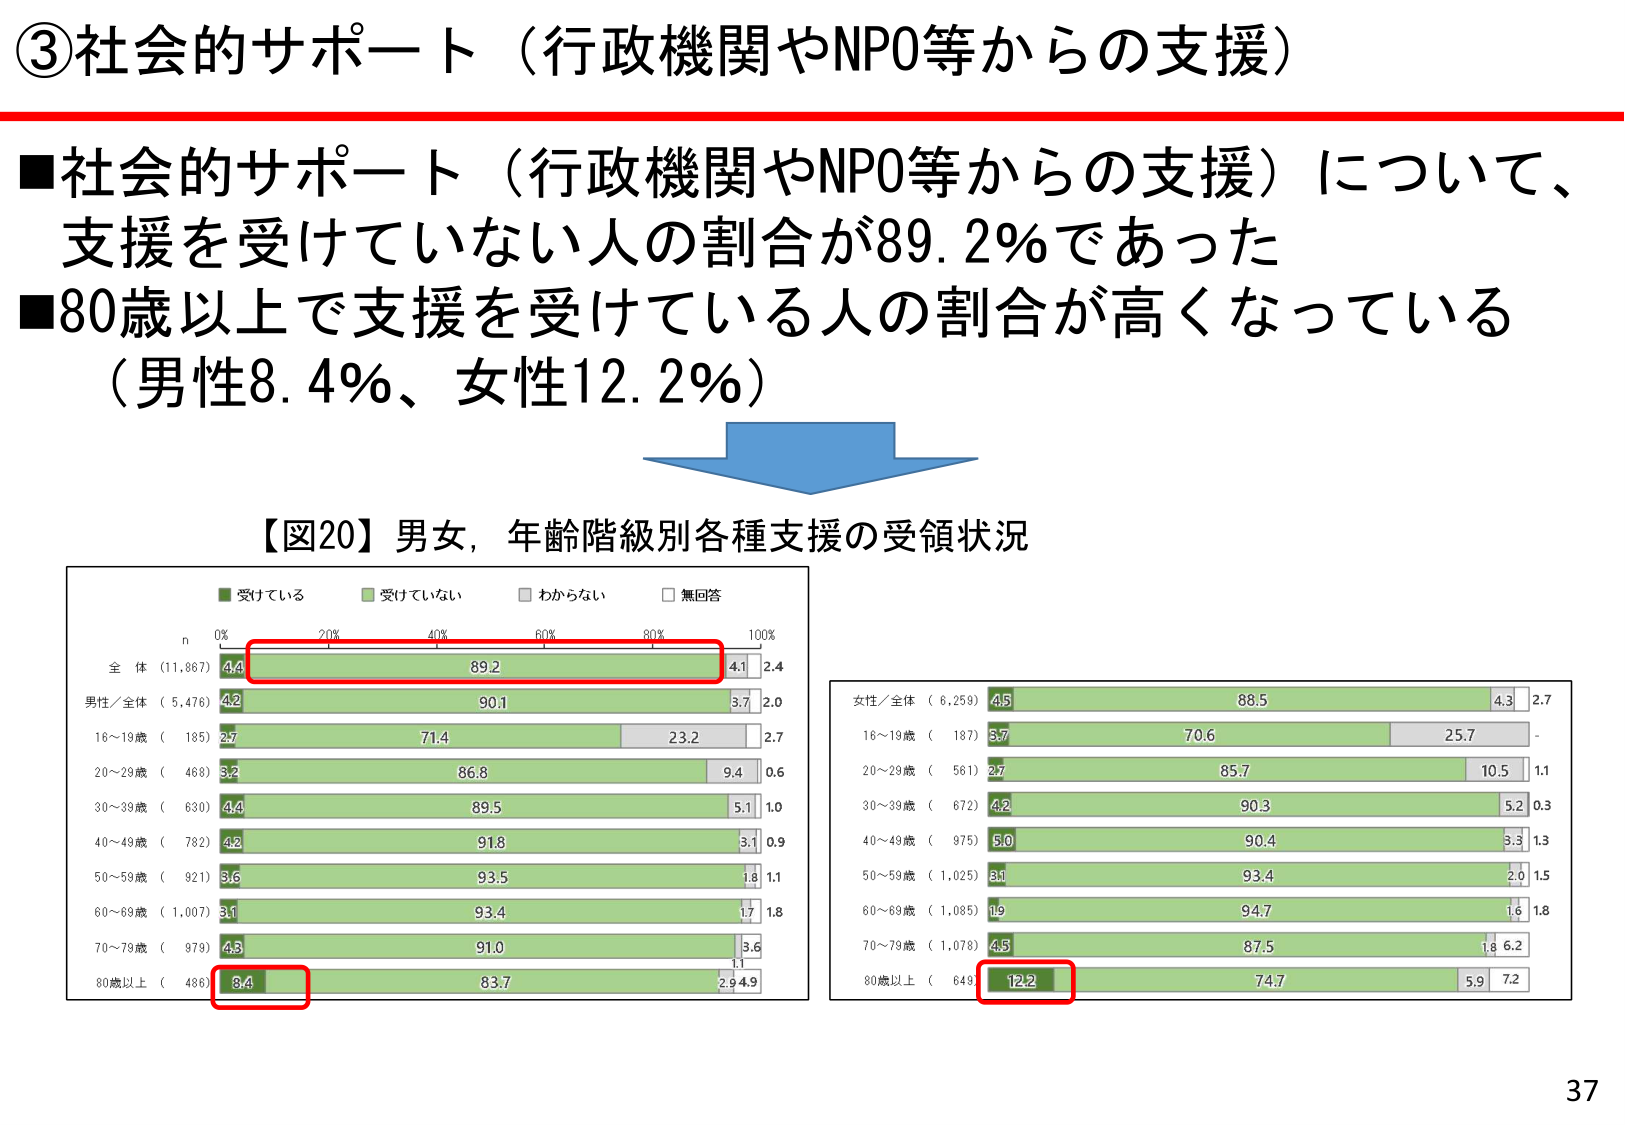
③社会的サポート（行政機関やNPO等からの支援）

■社会的サポート（行政機関やNPO等からの支援）について、支援を受けていない人の割合が89.2%であった
■80歳以上で支援を受けている人の割合が高くなっている（男性8.4%、女性12.2%）

【図20】男女、年齢階級別各種支援の受領状況

■ 受けている
■ 受けていない
■ わからない
■ 無回答

n 0% 20% 40% 60% 80% 100%

全体（11,867） 4.4 89.2 4.1 2.4
男性／全体（5,476） 4.2 90.1 3.7 2.0
16～19歳（185） 2.7 71.4 23.2 2.7
20～29歳（468） 3.2 86.8 9.4 0.6
30～39歳（630） 4.4 89.5 5.1 1.0
40～49歳（782） 4.2 91.8 3.1 0.9
50～59歳（921） 3.6 93.5 1.8 1.1
60～69歳（1,007） 3.1 93.4 1.7 1.8
70～79歳（979） 4.5 91.0 3.6 0.9
80歳以上（486） 8.4 83.7 2.9 4.9

女性／全体（6,259） 4.5 88.5 4.3 2.7
16～19歳（187） 5.7 70.6 25.7 -
20～29歳（561） 2.7 85.7 10.5 1.1
30～39歳（672） 4.2 90.3 5.2 0.3
40～49歳（975） 5.0 90.4 3.3 1.3
50～59歳（1,025） 8.1 93.4 2.0 1.5
60～69歳（1,085） 1.9 94.7 1.6 1.8
70～79歳（1,078） 4.5 87.5 1.8 6.2
80歳以上（649） 12.2 74.7 5.9 7.2

37